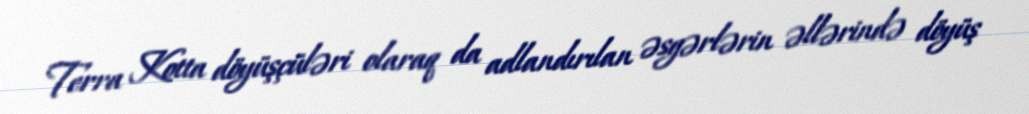
Terra Kotta döyüşçüləri olaraq da adlandırılan əsgərlərin əllərində döyüş